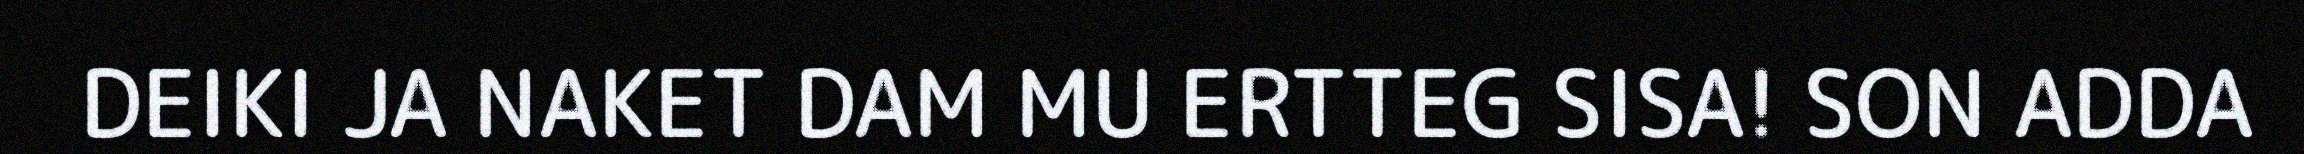
DEIKI JA NAKET DAM MU ERTTEG SISA! SON ADDA